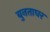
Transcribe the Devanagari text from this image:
बुनताघर